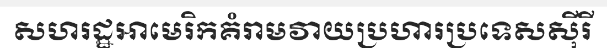
សហរដ្ឋអាមេរិកគំរាមវាយប្រហារប្រទេសស៊ីរី